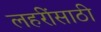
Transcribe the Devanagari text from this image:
लहरींसाठी